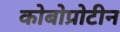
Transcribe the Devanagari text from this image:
कोबोप्रोटीन